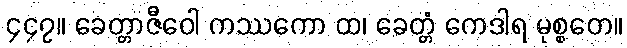
၄၄၇။ ခေတ္တာဇီဝေါ ကဿကော ထ၊ ခေတ္တံ ကေဒါရ မုစ္စတေ။